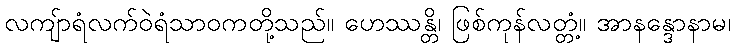
လကျ်ာရံလက်ဝဲရံသာဝကတို့သည်။ ဟေဿန္တိ၊ ဖြစ်ကုန်လတ္တံ့။ အာနန္ဒောနာမ၊